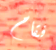
فقام